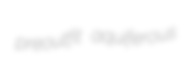
preoutfit aquiferous